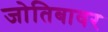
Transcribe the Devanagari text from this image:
जोतिबावर